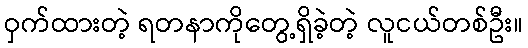
ဝှက်ထားတဲ့ ရတနာကိုတွေ့ရှိခဲ့တဲ့ လူငယ်တစ်ဦး။